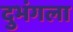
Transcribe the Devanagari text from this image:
दुभंगला